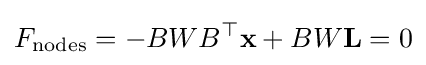
F_{\text{nodes}}=-BWB^{\top }\mathbf {x} +BW\mathbf {L} =0